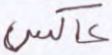
عاكس